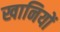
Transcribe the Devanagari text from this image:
खानियों